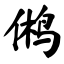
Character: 鸺